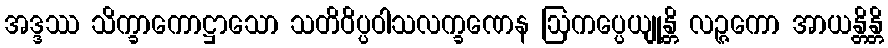
အဒ္ဒဿ သိက္ခာကောဋ္ဌာသော သတိဝိပ္ပဝါသလက္ခဏေန ဩကပ္ပေယျုန္တိ လဉ္ဇကော အာယန္တိန္တိ